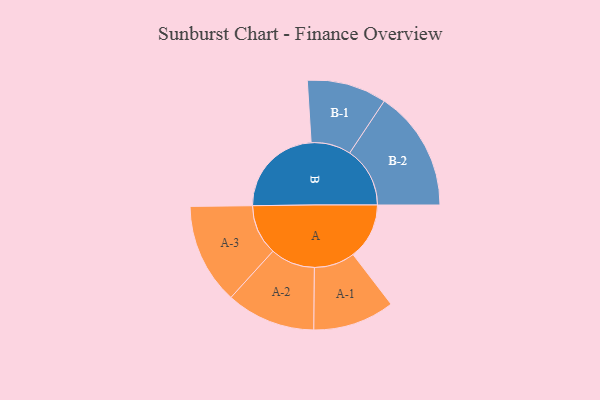
{"axis": {"x": "Segment", "y": "Value"}, "legend": ["", "A", "B"], "data": [{"x": "A", "y": 244, "type": ""}, {"x": "B", "y": 405, "type": ""}, {"x": "A-1", "y": 177, "type": "A"}, {"x": "A-2", "y": 194, "type": "A"}, {"x": "A-3", "y": 219, "type": "A"}, {"x": "B-1", "y": 173, "type": "B"}, {"x": "B-2", "y": 262, "type": "B"}]}